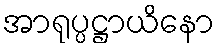
အာရုပ္ပဋ္ဌာယိနော